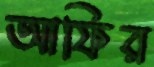
আফির